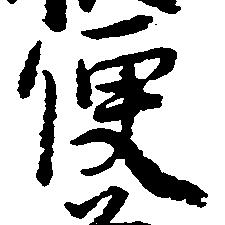
便